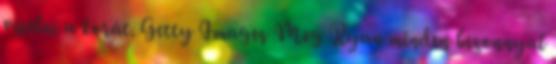
viselni a korát. Getty Images Meg Ryan minden bizonnyal